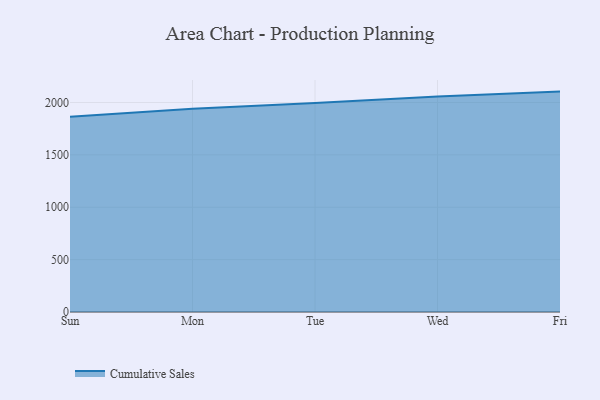
{"axis": {"x": "Day", "y": "Bounce Rate (%)"}, "legend": ["Cumulative Sales"], "data": [{"x": "Sun", "y": 1863.5, "type": "Cumulative Sales"}, {"x": "Mon", "y": 1940.8, "type": "Cumulative Sales"}, {"x": "Tue", "y": 1996.2, "type": "Cumulative Sales"}, {"x": "Wed", "y": 2058.5, "type": "Cumulative Sales"}, {"x": "Fri", "y": 2104.3, "type": "Cumulative Sales"}]}